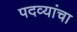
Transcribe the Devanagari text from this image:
पदव्यांचा